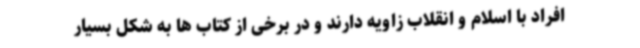
افراد با اسلام و انقلاب زاویه دارند و در برخی از کتاب ها به شکل بسیار